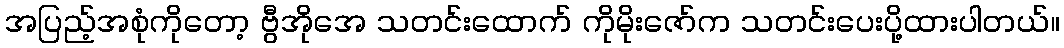
အပြည့်အစုံကိုတော့ ဗွီအိုအေ သတင်းထောက် ကိုမိုးဇော်က သတင်းပေးပို့ထားပါတယ်။